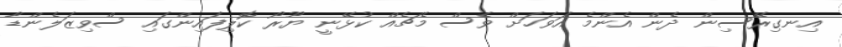
އިނގިރޭސިން ދެން އެންމެ އަވަހަށް ވެސް މެޗެއް ކުޅޭނީ ޔޫރޯ ކޮލިފައިންގައި ސްވިޒަލެންޑާ